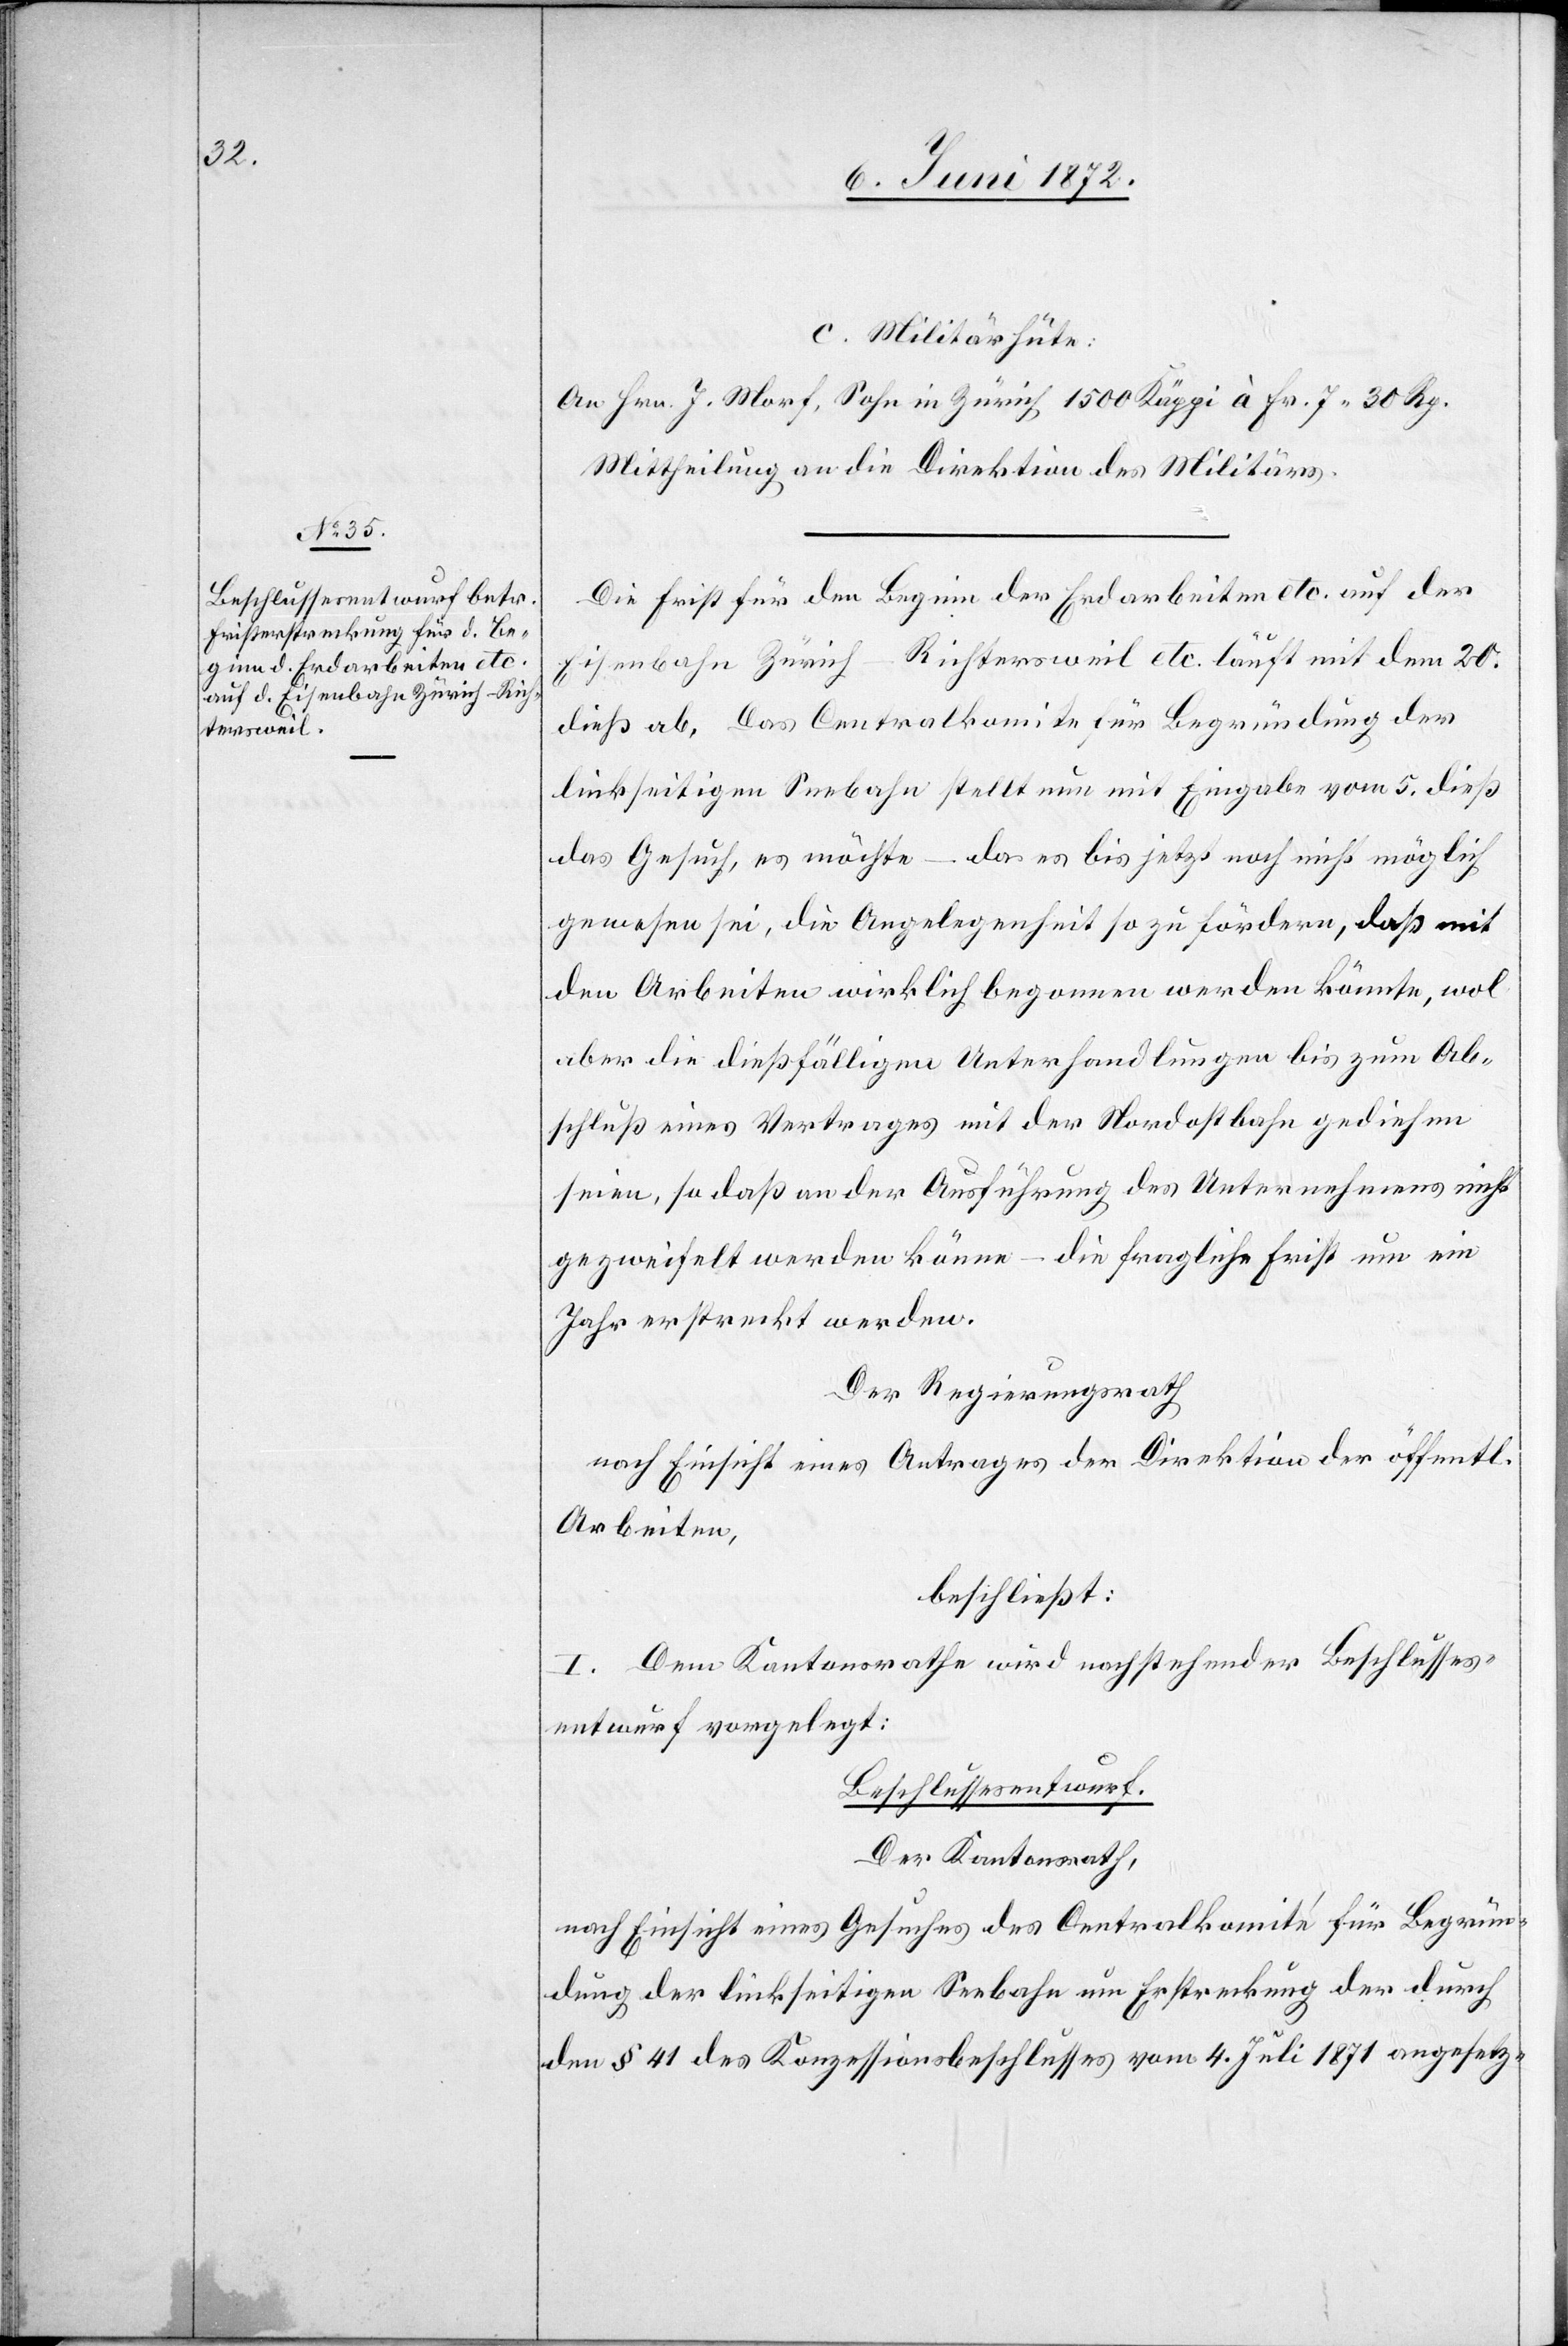
chen
c. Militärhüte:
An Hrn. J. Morf, Sohn in Zürich 1500 Käppi à Fr. 7 30 Rp.
Mittheilung an die Direktion des Militärs.
Die Frist für den Beginn der Erdarbeiten etc. auf der
Eisenbahn Zürich–Richtersweil etc. läuft mit dem 20.
dieß ab. Das Centralkomite für Begründung der
linkseitigen Seebahn stellt nun mit Eingabe vom 5. dieß
das Gesuch, es möchte – da es bis jetzt noch nicht möglich
gewesen sei, die Angelegenheit so zu fördern, daß mit
den Arbeiten wirklich begonnen werden könnte, wol
aber die dießfälligen Unterhandlungen bis zum Ab¬
schluß eines Vertrages mit der Nordostbahn gediehen
seien, so daß an der Ausführung des Unternehmens nicht
gezweifelt werden könne – die fragliche Frist um ein
Jahr erstreckt werden.
Der Regierungsrath
nach Einsicht eines Antrages der Direktion der öffentli¬
Arbeiten,
beschließt:
I. Dem Kantonsrathe wird nachstehender Beschlusses¬
entwurf vorgelegt:
Beschlussesentwurf.
Der Kantonsrath,
nach Einsicht eines Gesuches des Centralkomité für Begrün¬
dung der linkseitigen Seebahn um Erstreckung der durch
den § 41 des Konzessionsbeschlusses vom 4. Juli 1871 angesetz-